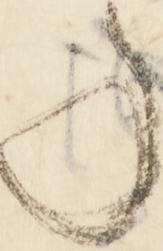
事